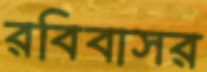
রবিবাসর